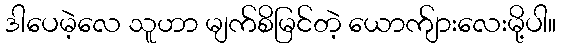
ဒါပေမဲ့လေ သူဟာ မျက်စိမြင်တဲ့ ယောက်ျားလေးမို့ပါ။